Indian Medical Review
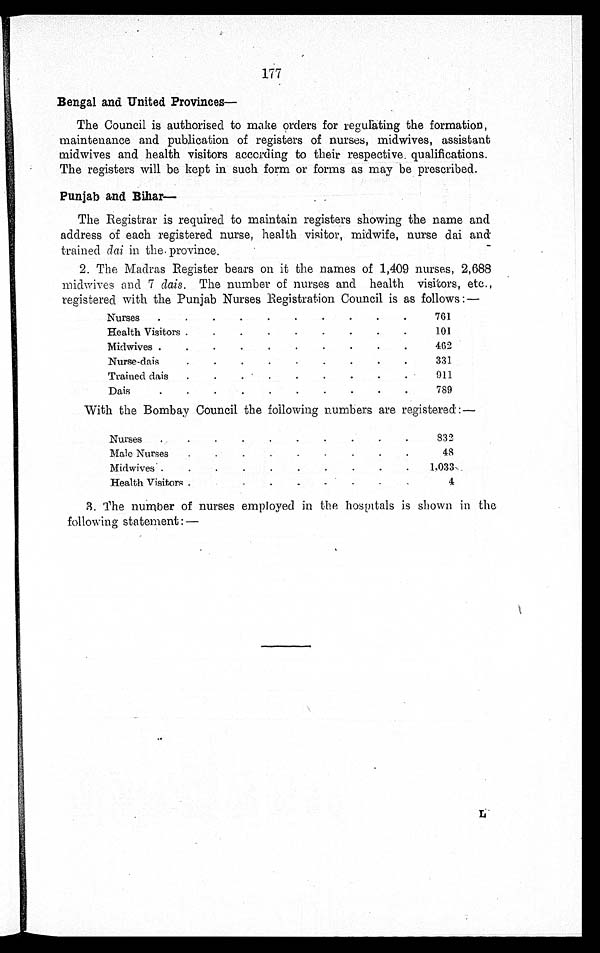
177
Bengal and United Provinces—
The Council is authorised to make orders for regulating the formation,
maintenance and publication of registers of nurses, midwives, assistant
midwives and health visitors according to their respective. qualifications.
The registers will be kept in such form or forms as may be prescribed.
Punjab and Bihar—
The Registrar is required to maintain registers showing the name and
address of each registered nurse, health visitor, midwife, nurse dai and
trained dai in the. province.
2. The Madras Register bears on it the names of 1,409 nurses, 2,688
midwives and 7 dais. The number of nurses and health visitors, etc.,
registered with the Punjab Nurses Registration Council is as follows:—
Nurses . . .
761
Health Visitors . . .
101
Midwives . . .
462
Nurse-dais . . .
331
Trained dais . . .
911
Dais . . .
789
With the Bombay Council the following numbers are registered: —
Nurses . . .
832
Male Nurses . . .
48
Midwives . . .
1,033
Health Visitors . . .
4
3. The number of nurses employed in the hospitals is shown in the
following statement:—
L